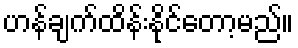
ဟန်ချက်ထိန်းနိုင်တော့မည်။